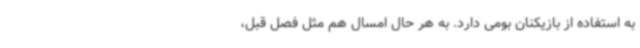
به استفاده از بازیکنان بومی دارد. به هر حال امسال هم مثل فصل قبل،